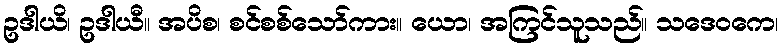
ဥဒါယိ၊ ဥဒါယီ။ အပိစ၊ စင်စစ်သော်ကား။ ယော၊ အကြင်သူသည်။ သဒေဝကေ၊